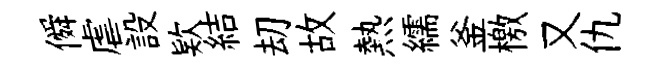
僢虐設欵結刧故熱繻釜檄又仇